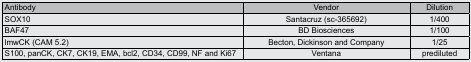
| Antibody | Vendor | Dilution |
 | --- | --- | --- |
 | SOX10 | Santacruz (sc-365692) | 1/400 |
 | BAF47 | BD Biosciences | 1/100 |
 | lmwCK (CAM 5.2) | Becton, Dickinson and Company | 1/25 |
 | S100, panCK, CK7, CK19, EMA, bcl2, CD34, CD99, NF and Ki67 | Ventana | prediluted |